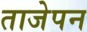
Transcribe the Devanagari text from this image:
ताजेपन